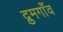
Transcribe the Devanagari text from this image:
द्रुमगाँव